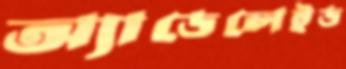
অ্যাডেলেইড